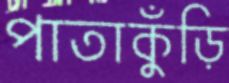
পাতাকুঁড়ি